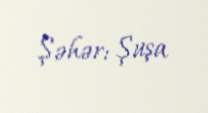
Şəhər: Şuşa